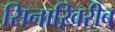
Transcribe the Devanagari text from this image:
सिनाख़िरीब्